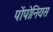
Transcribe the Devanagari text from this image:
पोंपोनियस